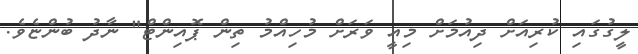
ލީގުގައި ކުރިއަށް ދިއުމަށް މިއީ ވަރަށް މުހިއްމު ތިން ޕޮއިންޓް" ނާދު ބުންޏެވެ.